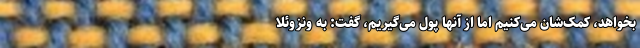
بخواهد، کمک‌شان می‌کنیم اما از آنها پول می‌گیریم، گفت: به ونزوئلا